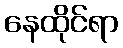
နေထိုင်ရာ